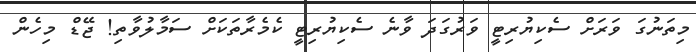
މިތަނުގަ ވަރަށް ސެކިޔުރިޓީ ވަރުގަދަ ވާނެ ސެކިޔުރިޓީ ކެމެރާތަކަށް ސަމާލުވާތި! ޖޭޑް މިހެން